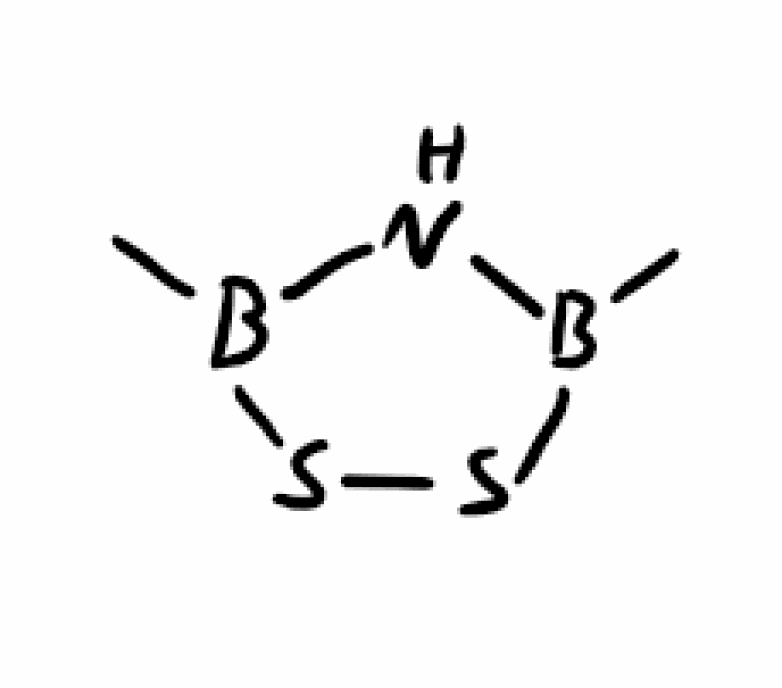
Simplified molecular-input line-entry system (SMILES) notation of the given molecule:
B1(NB(SS1)C)C